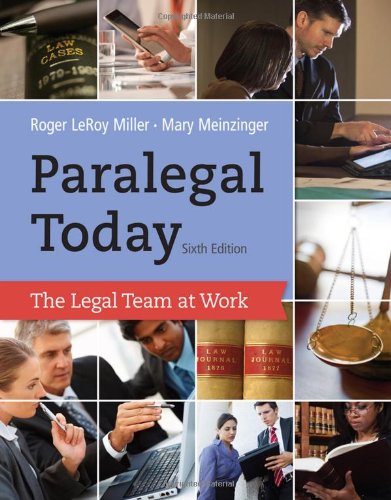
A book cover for Paralegal Today: The Legal Team at Work; Roger LeRoy Miller; Law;